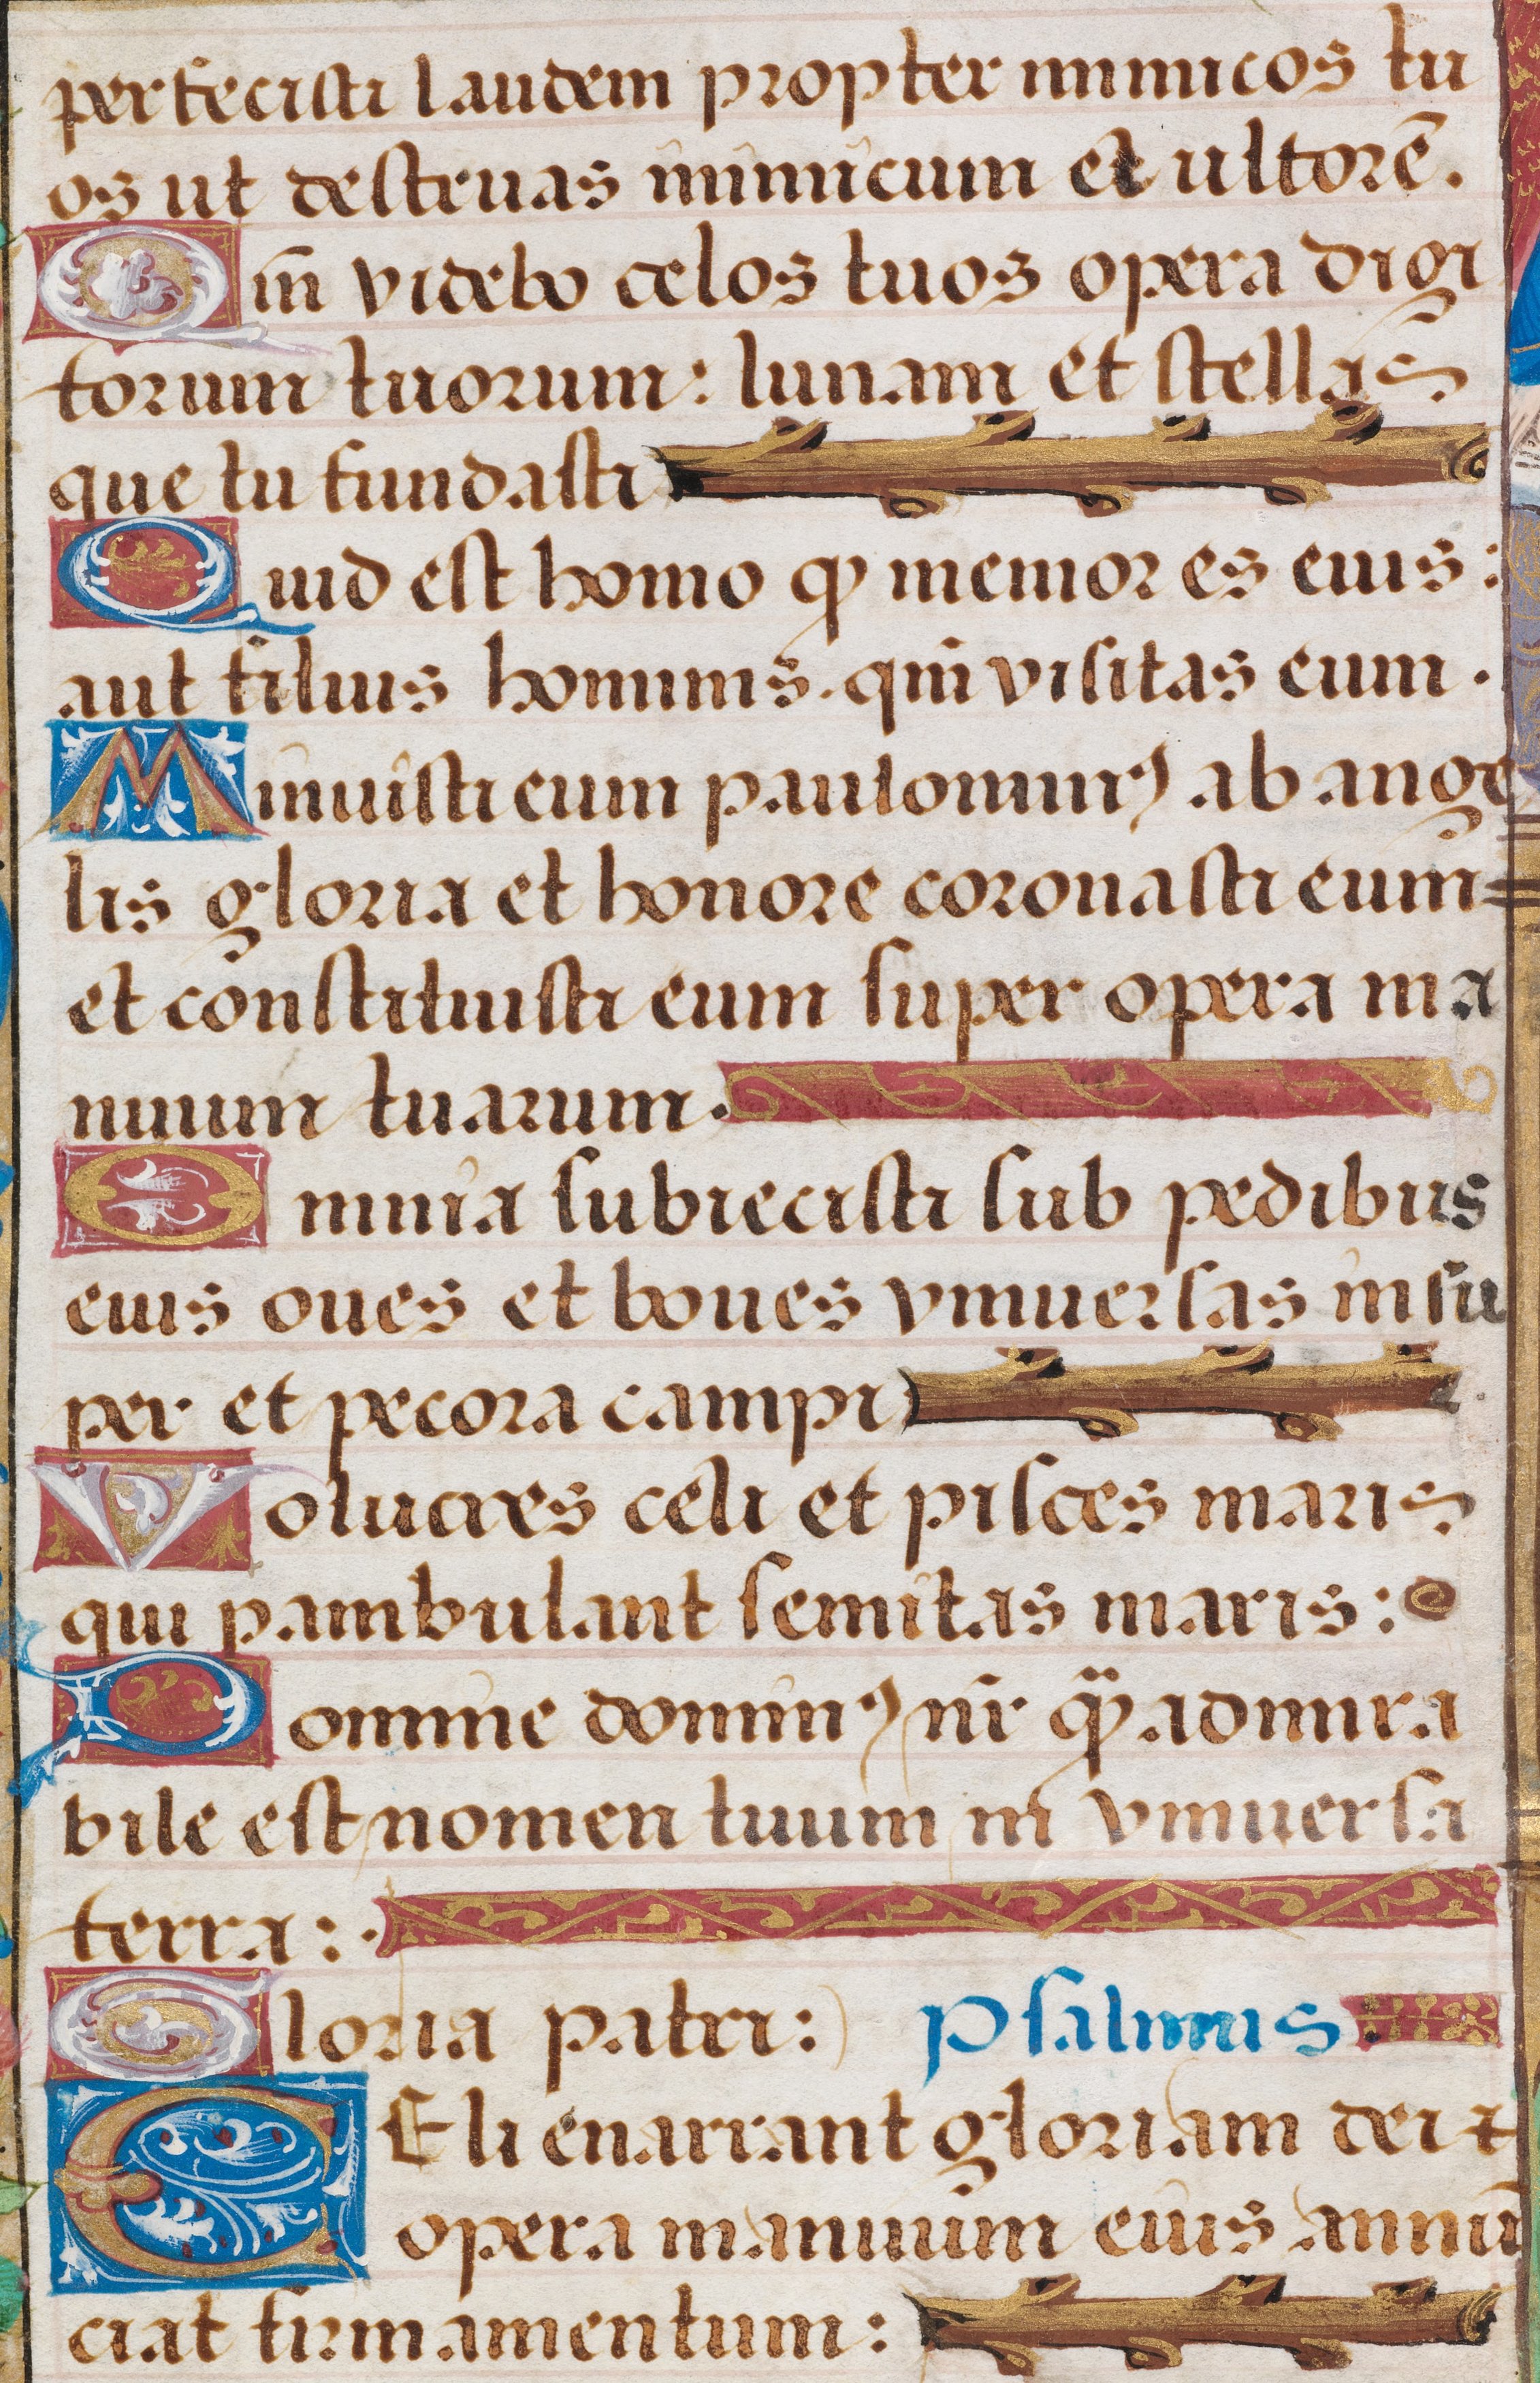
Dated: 1475–1505